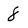
Character: 8